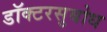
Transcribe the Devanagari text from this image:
डॉक्टरसुबोध